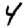
Digit: 4